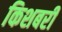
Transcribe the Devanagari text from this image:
किशबरी